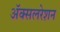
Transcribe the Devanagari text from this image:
अॅक्सलरेशन